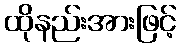
ထိုနည်းအားဖြင့်